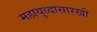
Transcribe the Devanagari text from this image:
महायुध्दासारखी